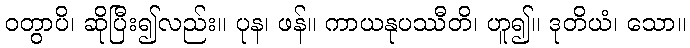
ဝတွာပိ၊ ဆိုပြီး၍လည်း။ ပုန၊ ဖန်။ ကာယနုပဿီတိ၊ ဟူ၍။ ဒုတိယံ၊ သော။